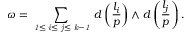
\omega = \sum _ { \mathrm { \scriptsize { \it ~ 1 \leq ~ i \leq ~ j \leq ~ k - 1 ~ } } } d \left( { \frac { l _ { i } } { p } } \right) \wedge d \left( { \frac { l _ { j } } { p } } \right) .